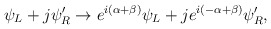
\begin{align*}\psi_L + j \psi'_R \to e^{i(\alpha + \beta)} \psi_L + j e^{i(-\alpha +\beta)} \psi'_R,\end{align*}